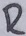
Text: R